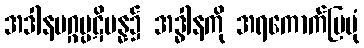
အဒါနမဂ္ဂပ္ပဋိပန္န၌ အဒ္ဓါနကို အရကောက်ပြပုံ